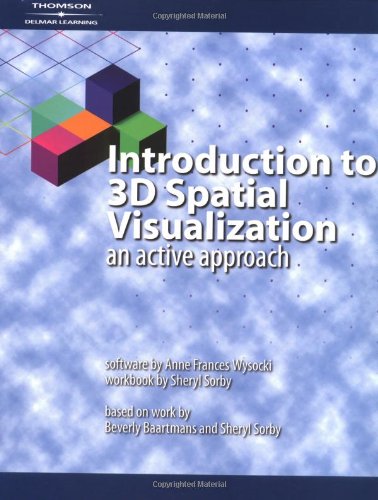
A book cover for Introduction to 3D Spatial Visualization: An Active Approach (Book & CD); Sheryl A. Sorby; Computers & Technology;